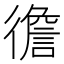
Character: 𢕻